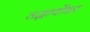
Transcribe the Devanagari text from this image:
सद्भावोंका